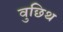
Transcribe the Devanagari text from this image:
वुछिथ